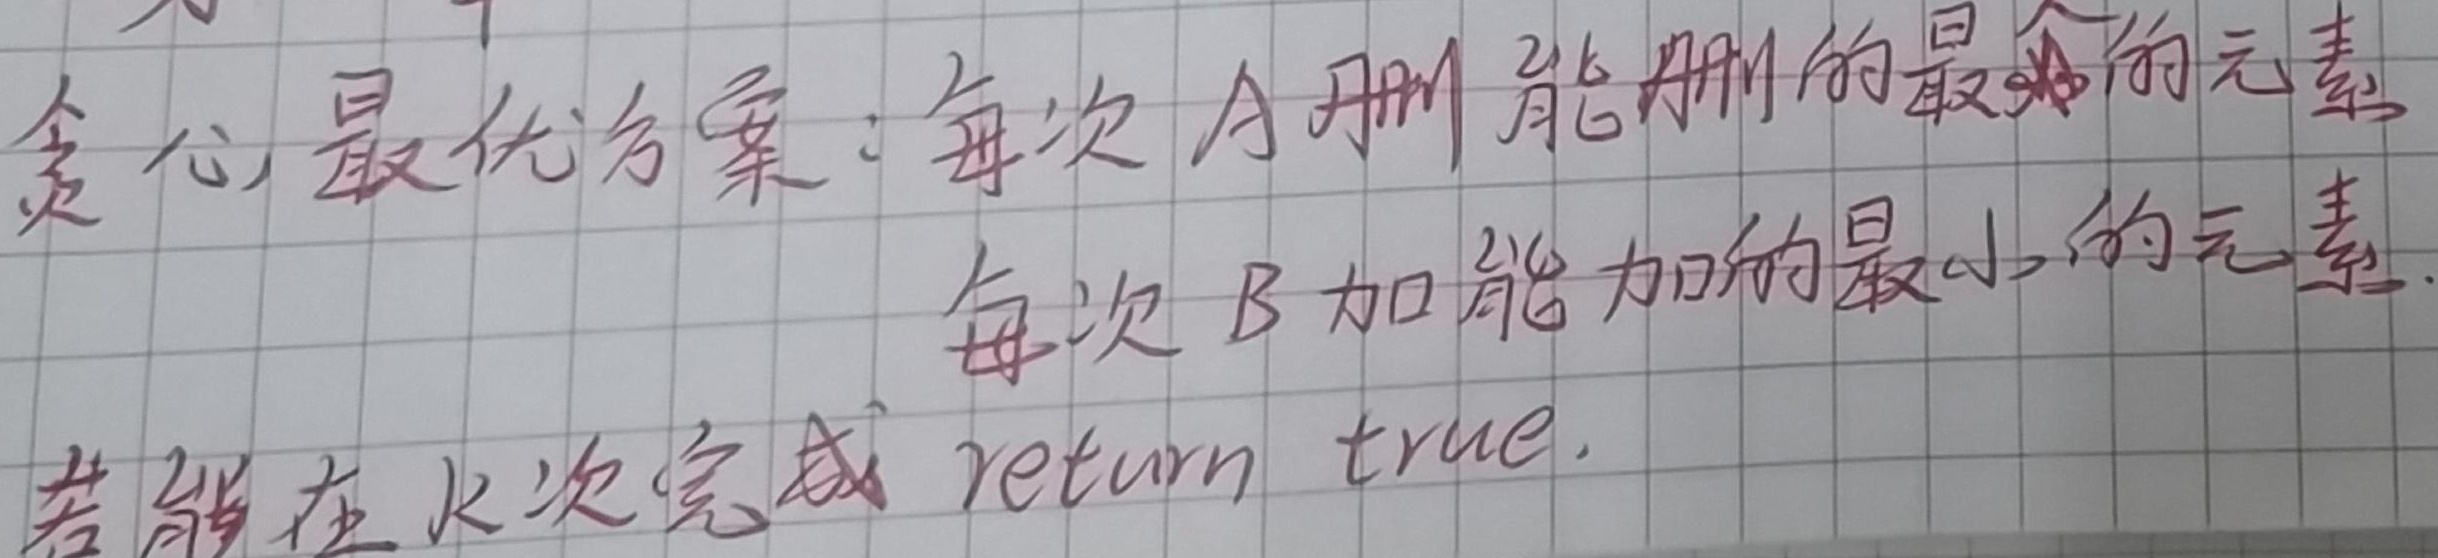
贪心最优方案：每次 A 删能删的最小的元素，每次 B 加能加的最小的元素。若能在 \(k\) 次完成 return true.